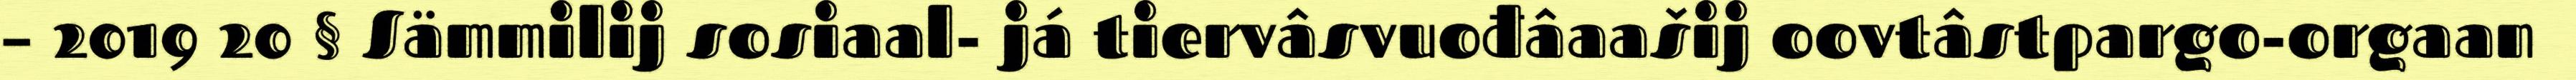
– 2019 20 § Sämmilij sosiaal- já tiervâsvuođâaašij oovtâstpargo-orgaan